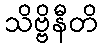
သိဗ္ဗိနီတိ